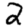
Digit: 2